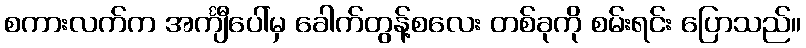
စကားလက်က အင်္ကျီပေါ်မှ ခေါက်တွန့်စလေး တစ်ခုကို စမ်းရင်း ပြောသည်။